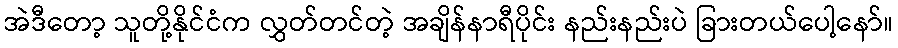
အဲဒီတော့ သူတို့နိုင်ငံက လွှတ်တင်တဲ့ အချိန်နာရီပိုင်း နည်းနည်းပဲ ခြားတယ်ပေါ့နော်။